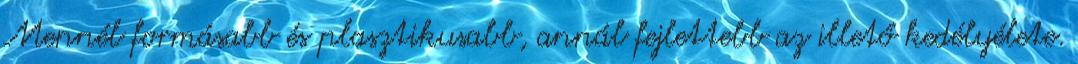
Mennél formásabb és plasztikusabb, annál fejlettebb az illető kedélyélete.